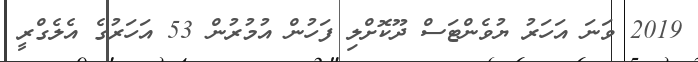
2019 ވަނަ އަހަރު ޔުވެންޓަސް ދޫކޮށްލި ފަހުން އުމުރުން 53 އަހަރުގެ އެލެގްރީ